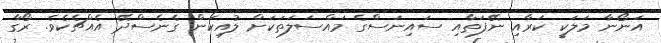
އަނޯނާ މަލަކީ ކަރާއި ނޭފަތާއި ސައިނަސްގެ މައްސަލަތަކަށް ލުއިކަން ގެނެސްދޭ އެއްޗެކެވެ. ރޯގާ